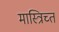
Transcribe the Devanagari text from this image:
मास्त्रिच्त